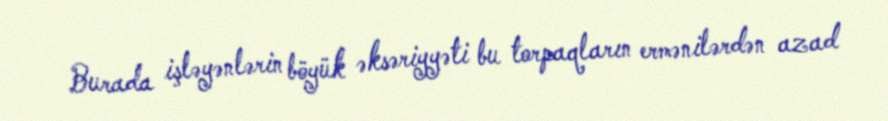
Burada işləyənlərin böyük əksəriyyəti bu torpaqların ermənilərdən azad